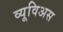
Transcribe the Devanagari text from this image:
व्यूविअस